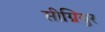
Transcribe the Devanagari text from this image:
सीग्नियुर